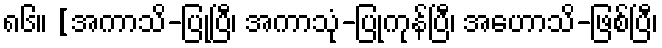
၈၆။ [အကာသိ-ပြုပြီ၊ အကာသုံ-ပြုကုန်ပြီ၊ အဟောသိ-ဖြစ်ပြီ၊